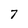
Character: 7